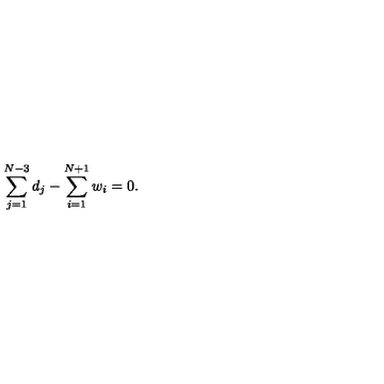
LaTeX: \sum _ { j = 1 } ^ { N - 3 } d _ { j } - \sum _ { i = 1 } ^ { N + 1 } w _ { i } = 0 .